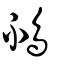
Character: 鴀